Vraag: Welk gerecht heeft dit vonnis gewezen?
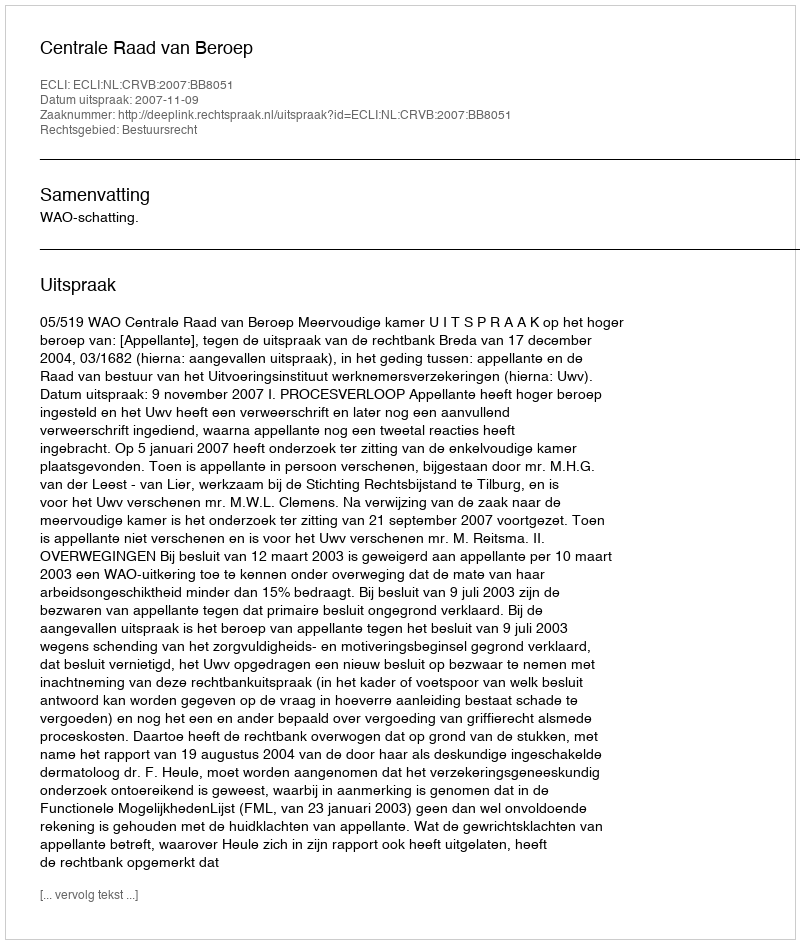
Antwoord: Centrale Raad van Beroep